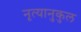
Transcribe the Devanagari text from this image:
नृत्यानुकुल